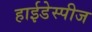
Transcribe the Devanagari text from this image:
हाईडेस्पीज